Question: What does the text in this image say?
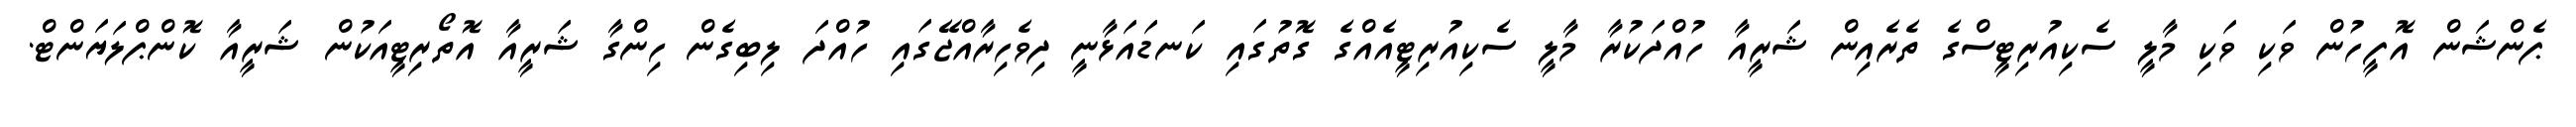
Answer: ޕެންޝަން އޮފީހުން ވަކި ވަކި މާލީ ސެކިއުރިޓީސްގެ ތެރެއިން ޝަރީއާ ހުއްދަކުރާ މާލީ ސެކިއުރިޓީއެއްގެ ގޮތުގައި ކަނޑައަޅާނީ ދިވެހިރާއްޖޭގައި ހުއްދަ ލިބިގެން ހިންގާ ޝަރީއާ އޮތޯރިޓީއަކުން ޝަރީއާ ކޮންޕްލަޔަންޓް.